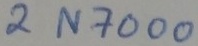
Text: 2N7000